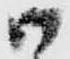
御